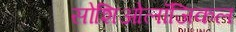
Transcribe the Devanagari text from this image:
सोशिओलॉजिकल